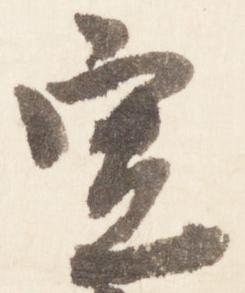
空